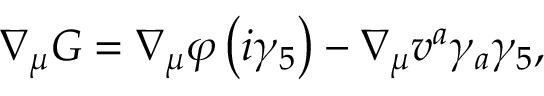
\nabla _ { \mu } G = \nabla _ { \mu } \varphi \left( i \gamma _ { 5 } \right) - \nabla _ { \mu } v ^ { a } \gamma _ { a } \gamma _ { 5 } ,